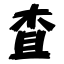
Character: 査